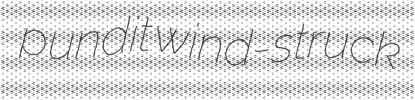
pundit wind-struck